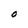
Character: O